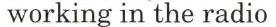
working in the radio